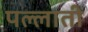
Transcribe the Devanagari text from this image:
पल्लाती